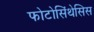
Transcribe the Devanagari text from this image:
फोटोसिंथेसिस